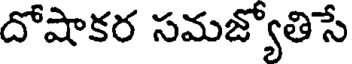
దోషాకర సమజ్యోతిసే